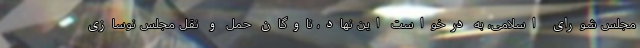
مجلس شورای اسلامی، به درخواست این نهاد، ناوگان حمل و نقل مجلس نوسازی